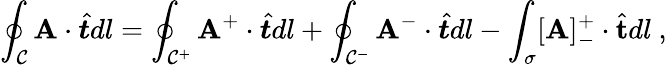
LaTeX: \oint_{\mathcal{C}}\mathbf{A}\cdot\hat{\boldsymbol{t}}dl=\oint_{\mathcal{C}^{+}}\mathbf{A}^{+}\cdot\hat{\boldsymbol{t}}dl+\oint_{\mathcal{C}^{-}}\mathbf{A}^{-}\cdot\hat{\boldsymbol{t}}dl-\int_{\sigma}[\mathbf{A}]_{-}^{+}\cdot\hat{\mathbf{t}}dl~,